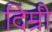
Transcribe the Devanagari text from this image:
दिम्री